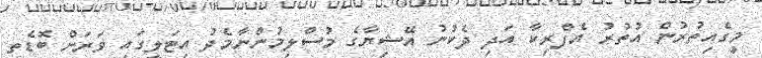
މީގެއިތުރުން އުތުރު އެފްރިކާ އަދި ދެކުނު އޭޝިޔާގެ މުސްލިމުންނާމެދު އިޓަލީގައި ވަރަށް ބޮޑެތި